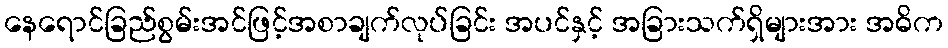
နေရောင်ခြည်စွမ်းအင်ဖြင့်အစာချက်လုပ်ခြင်း အပင်နှင့် အခြားသက်ရှိများအား အဓိက